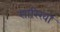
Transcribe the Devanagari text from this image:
सारिखा